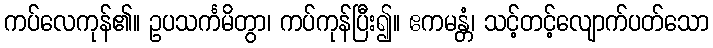
ကပ်လေကုန်၏။ ဥပသင်္ကမိတွာ၊ ကပ်ကုန်ပြီး၍။ ဧကမန္တံ၊ သင့်တင့်လျောက်ပတ်သော